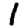
Digit: 1